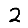
Digit: 2